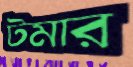
টমার